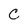
Character: C